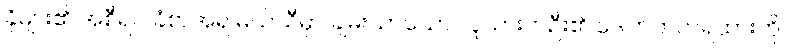
ခိုများ၏ အစီရင် ခံစာအရ မယ်သီမှာ ချမ်းသာသော လူသားတဦး၏ ဒေါက်ကတ်ရထားကို